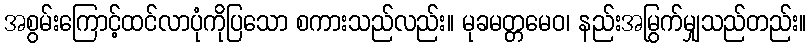
အစွမ်းကြောင့်ထင်လာပုံကိုပြသော စကားသည်လည်း။ မုခမတ္တမေဝ၊ နည်းအမြွက်မျှသည်တည်း။